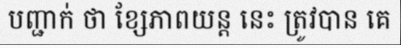
បញ្ជាក់ ថា ខ្សែភាពយន្ត នេះ ត្រូវបាន គេ